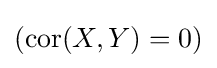
(\operatorname {cor} (X,Y)=0)